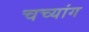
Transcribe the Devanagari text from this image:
चच्यांग